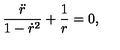
\frac { \ddot { r } } { 1 - \dot { r } ^ { 2 } } + \frac { 1 } { r } = 0 ,